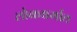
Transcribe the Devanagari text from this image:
लोकधर्मात